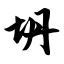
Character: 坍